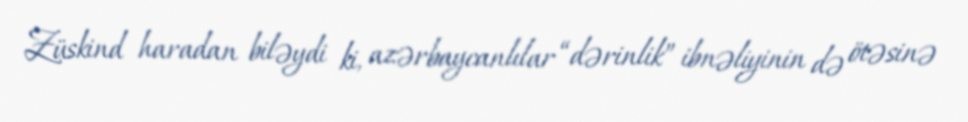
Züskind haradan biləydi ki, azərbaycanlılar “dərinlik” ibnəliyinin də ötəsinə